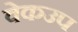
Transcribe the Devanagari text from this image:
वेकउप